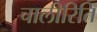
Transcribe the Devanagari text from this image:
चालीरिति